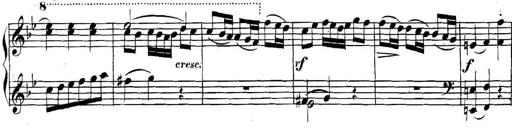
Title: Collected Piano Sonatas
Composer: Muzio Clementi